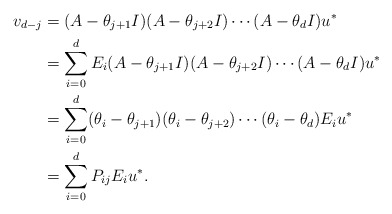
\begin{align*}v_{d-j}& = (A-\theta_{j+1}I)(A-\theta_{j+2}I) \cdots (A-\theta_{d}I)u^* \\& = \sum^d_{i=0}E_i(A-\theta_{j+1}I)(A-\theta_{j+2}I) \cdots (A-\theta_{d}I)u^*\\& = \sum^d_{i=0}(\theta_i-\theta_{j+1})(\theta_i-\theta_{j+2}) \cdots (\theta_i-\theta_{d})E_iu^*\\& = \sum^d_{i=0}P_{ij}E_iu^*.\end{align*}